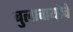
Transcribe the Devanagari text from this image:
बुलावायोचे